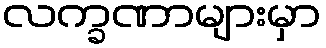
လက္ခဏာများမှာ